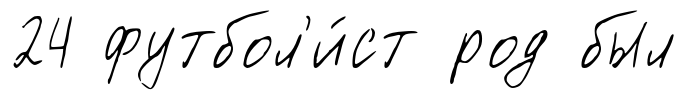
24 футбол'и́ст род был